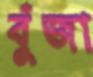
বুঁজা